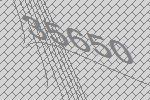
35650